Annual administration report of the Civil Veterinary Department of India - 1892-1893
Year: 1892
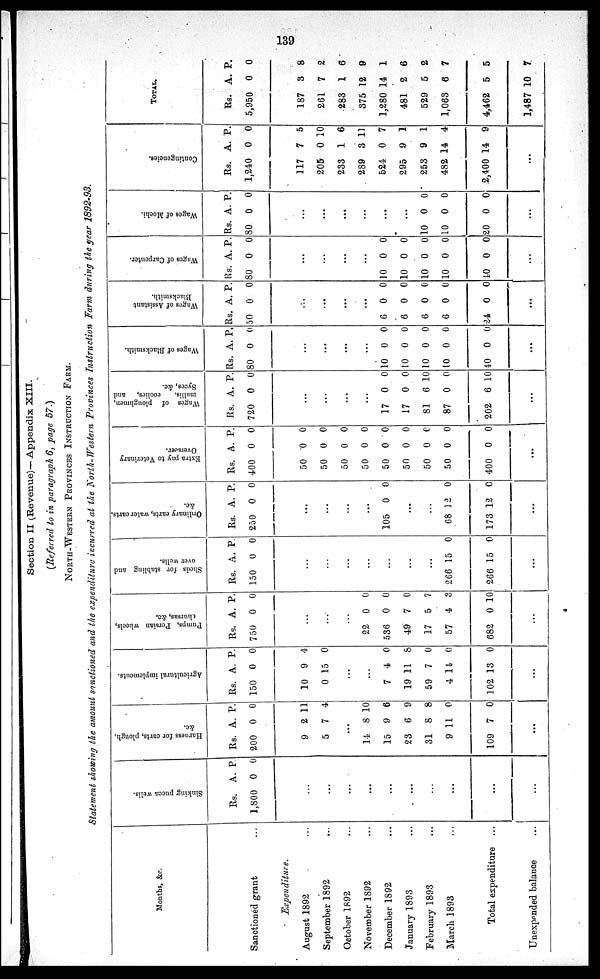
139
Section II (Revenue)—Appendix XIII.
(Referred to in paragraph 6, page 57.)
NORTH-WESTERN PROVINCES INSTRUCTION FARM.
Statement showing the amount sanctioned and the expenditure incurred at the North-Western Provinces Instruction Farm during the year 1892-93.
Months, &c.
Sanctioned grant ...
Expenditure.
August 1892 ...
September 1892 ...
October 1892 ...
November 1892 ...
December 1892 ...
January 1893 ...
February 1893 ...
March 1893 ...
Total expenditure ...
Unexpended balance ...
Sinking pucca wells.
Rs.
1,800
A.
0
P.
0
...
...
...
...
...
...
...
...
...
...
Harness for carts, plough,
&c.
Rs.
200
A.
0
P.
0
9
5
2
7
11
4
...
14
15
23
31
9
109
8
9
6
8
11
7
10
6
9
8
0
0
...
Agricultural implements.
Rs.
150
A.
0
P.
0
10
0
9
15
4
0
...
...
7
19
59
4
102
4
11
7
14
13
0
8
0
0
0
...
Pumps , Persian wheels,
chur sas, &c.
Rs.
750
A.
0
P.
0
...
...
...
22
536
49
17
57
682
0
0
7
5
4
0
0
0
0
7
3
10
...
Sheds for stabling and
over wells.
Rs.
150
A.
0
P.
0
...
...
...
...
...
...
...
266
266
15
15
0
0
...
Or di nar y carts, water carts,
&c.
Rs.
250
A.
0
P.
0
...
...
...
...
105 0 0
...
...
68
173
12
12
0
0
...
Ext r a pay to Vet er i
nar y
Over s eer .
Rs.
400
A.
0
P.
0
50
50
50
50
50
50
50
50
400
0
0
0
0
0
0
0
0
0
0
0
0
0
0
0
6
0
0
...
Wa ge s of ploughmen,
mallis, coolies, and
Syces, &c.
Rs.
720
A.
0
P.
0
...
...
...
...
17
17
81
87
202
0
0
6
0
6
0
0
10
0
10
...
Wages of Bl a c ks mi t
h.
Rs.
80
A.
0
P.
0
...
...
...
...
10
10
10
10
40
0
0
0
0
0
0
0
0
0
0
...
Wages of As s i
s t
ant
Bl a c ks mi t
h.
Rs.
50
A.
0
P.
0
...
...
...
...
6
6
6
6
24
0
0
0
0
0
0
0
0
0
0
...
Wages of Car pent er .
Rs.
80
A.
0
P.
0
...
...
...
...
10
10
10
10
40
0
0
0
0
0
0
0
0
0
0
...
Wages of Mochi .
Rs.
80
A.
0
P.
0
...
...
...
...
...
...
10
10
20
0
0
0
0
0
0
...
Cont i
nge nc i
e s .
Rs.
1,240
A.
0
P.
0
117
205
233
289
524
295
253
482
2,400
7
0
1
3
0
9
9
14
14
5
10
6
11
7
1
1
4
9
...
TOTAL.
Rs.
5,950
187
261
283
375
1,280
481
529
1,063
4,462
1,487
A.
0
3
7
1
12
14
2
5
6
5
10
P.
0
8
2
6
9
1
6
2
7
5
7